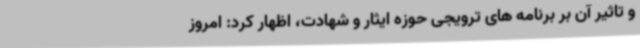
و تاثیر آن بر برنامه های ترویجی حوزه ایثار و شهادت، اظهار کرد: امروز